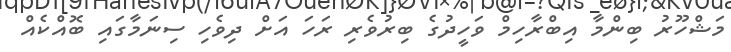
މަޝްހޫރު ބިންމާ އިބްރާހިމް ވަހީދުގެ ބިރުވެރި ރަހަ އަށް ދިވެހި ސިނަމާގައި ބޮއްކެއް